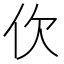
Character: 㐸